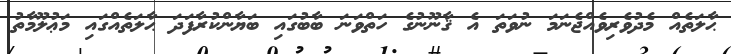
ޙާލަތެއް މެދުވެރިވެއްޖެނަމަ ނުވަތަ އެ ޤާނޫނުގެ ހަތްވަނަ ބާބުގައި ބަޔާންކުރާފަދަ ޙާލަތެއްގައި މަޢުލޫމާތު